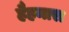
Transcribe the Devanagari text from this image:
हैहमारा